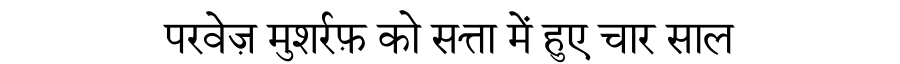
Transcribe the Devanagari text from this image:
परवेज़ मुशर्रफ़ को सत्ता में हुए चार साल